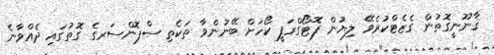
ޤާނޫނީގޮތުން ގެޒެޓްކުރެވޭ ލިޔުން ފޮޓޯގްރަފީ ކޯހަށް ބޭނުންވާ ތަކެތި ސްޕޮންސަރގެ ގޮތުގައި ދެއްވާނެ